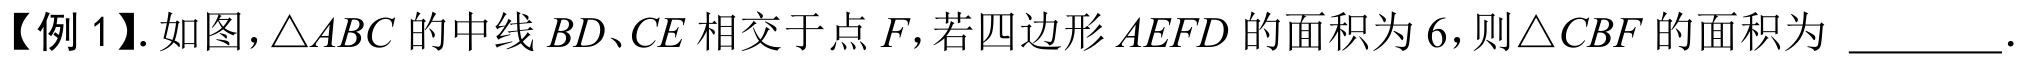
【例 1】. 如图，\(\triangle ABC\)的中线\(BD、CE\)相交于点\(F\)，若四边形\(AEFD\)的面积为\(6\)，则\(\triangle CBF\)的面积为 \(\underline{\qquad}\).